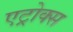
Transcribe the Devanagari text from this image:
एट्रोक्स